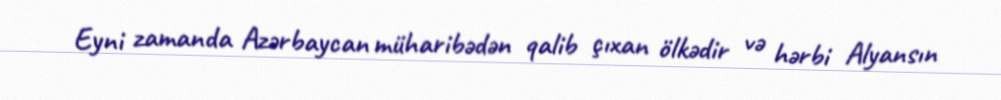
Eyni zamanda Azərbaycan müharibədən qalib çıxan ölkədir və hərbi Alyansın